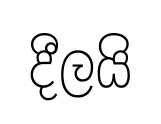
දීලයි